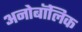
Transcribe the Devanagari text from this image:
अनोबॉलिक